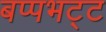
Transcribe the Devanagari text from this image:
बप्पभट्ट